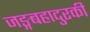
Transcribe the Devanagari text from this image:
जङ्गबहादुरकी